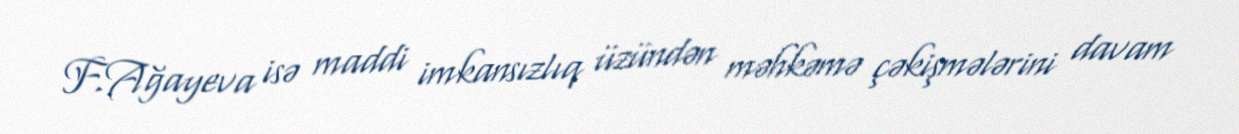
F.Ağayeva isə maddi imkansızlıq üzündən məhkəmə çəkişmələrini davam